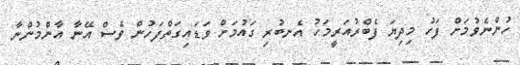
ހުންނެވުމަށް ފަހު މިދިޔަ ފެބްރުއަރީމަހު އެނބުރި ގައުމަށް ވަޑައިގަތްފަހުން ވެސް އޭނާ އާންމުންނާ